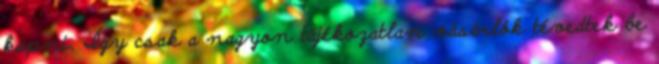
kapni. Így csak a nagyon tájékozatlan vásárlók tévedtek be